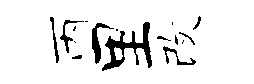
丙里改